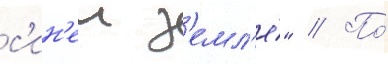
с'ин'еи з'емл'е́" // По́